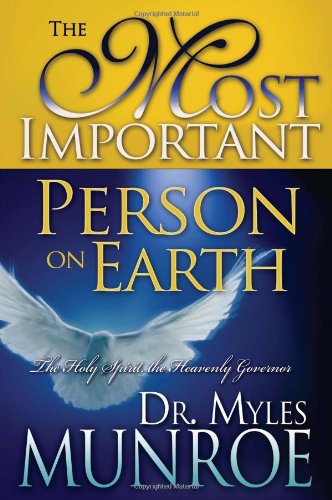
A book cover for The Most Important Person on Earth: The Holy Spirit, Governor of the Kingdom; Myles Munroe; Christian Books & Bibles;